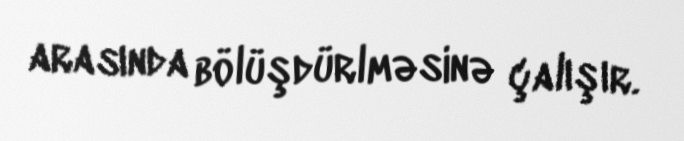
arasında bölüşdürlməsinə çalışır.